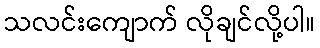
သလင်းကျောက် လိုချင်လို့ပါ။